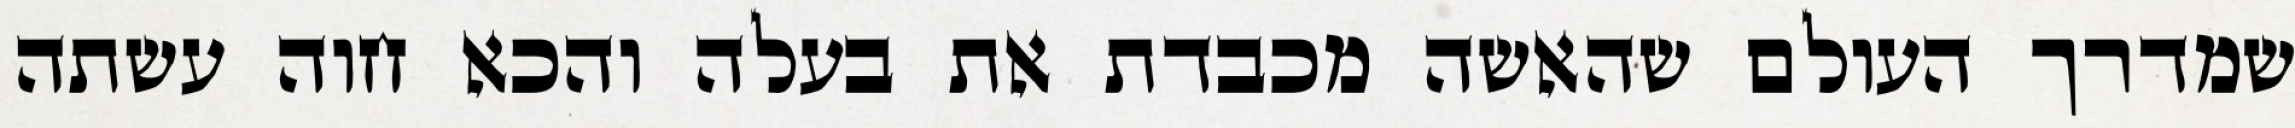
שמדרך העולם שהאשה מכבדת את בעלה והכא חוה עשתה